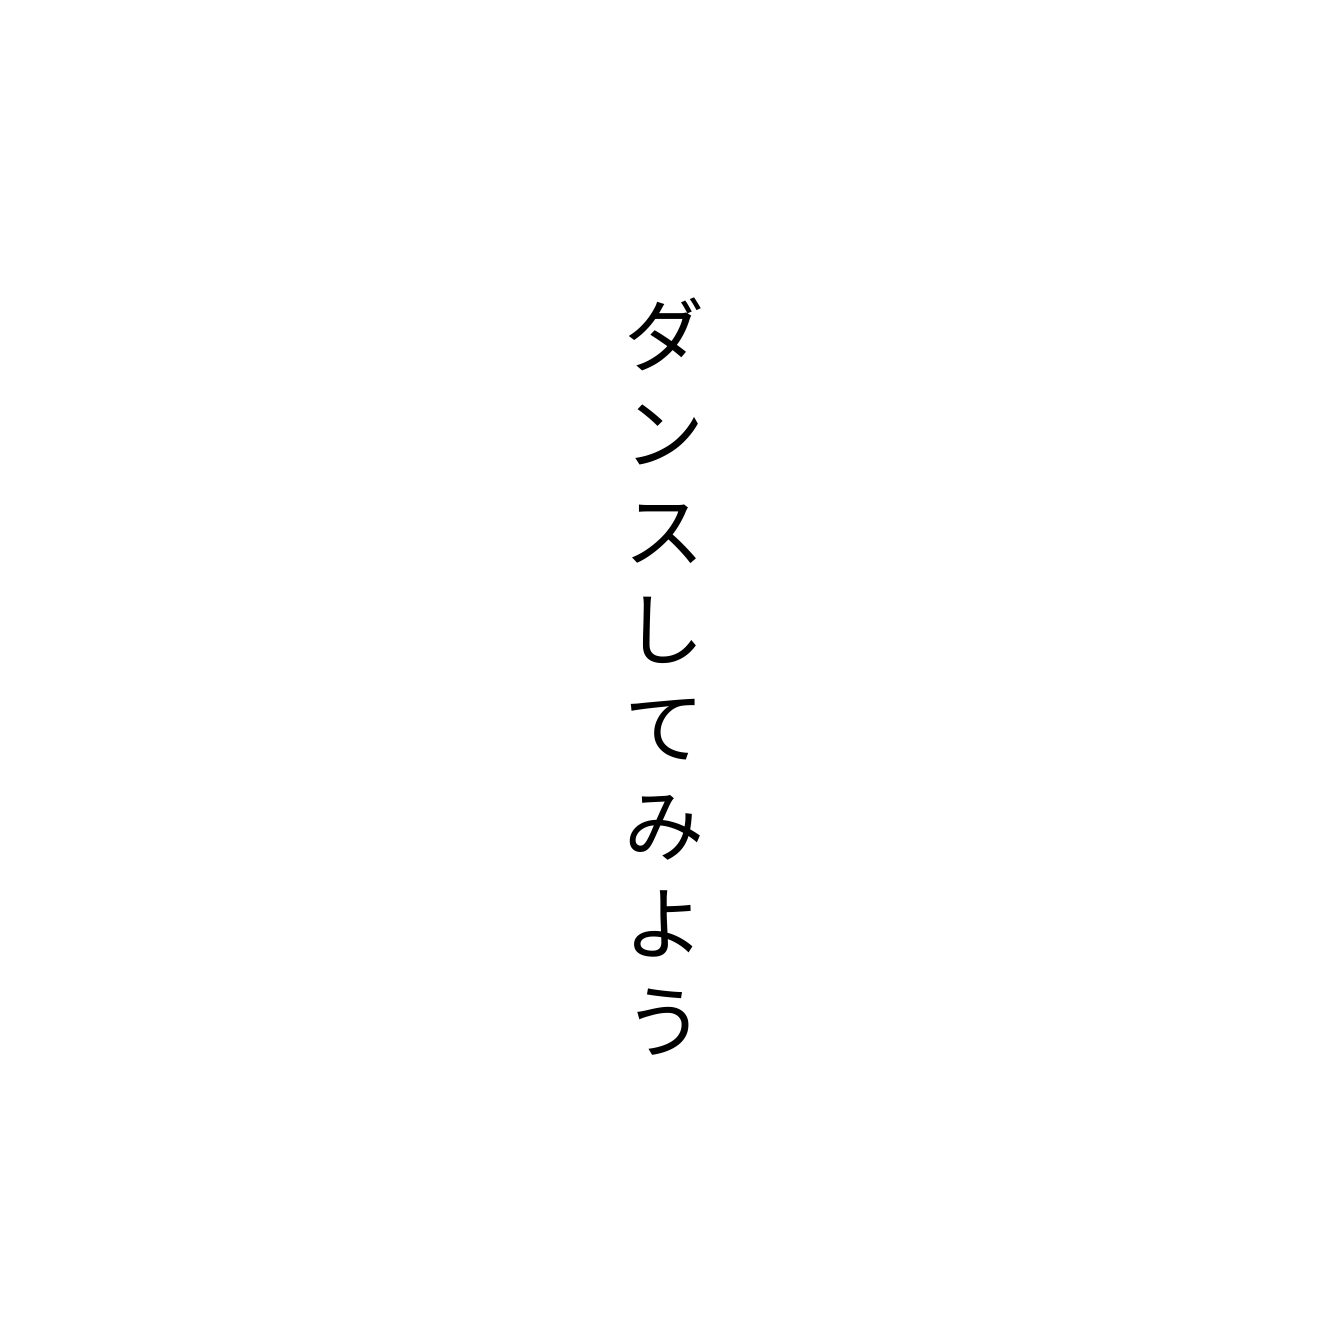
ダンスしてみよう